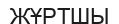
ЖҰРТШЫ